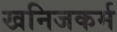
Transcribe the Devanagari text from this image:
खनिजकर्म